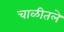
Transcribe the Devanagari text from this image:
चाळीतले